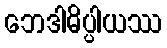
ဘေဒါဓိပ္ပါယဿ